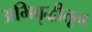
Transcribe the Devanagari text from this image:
अभिवृद्धीतून